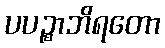
ပပဉ္စာဘိရတော